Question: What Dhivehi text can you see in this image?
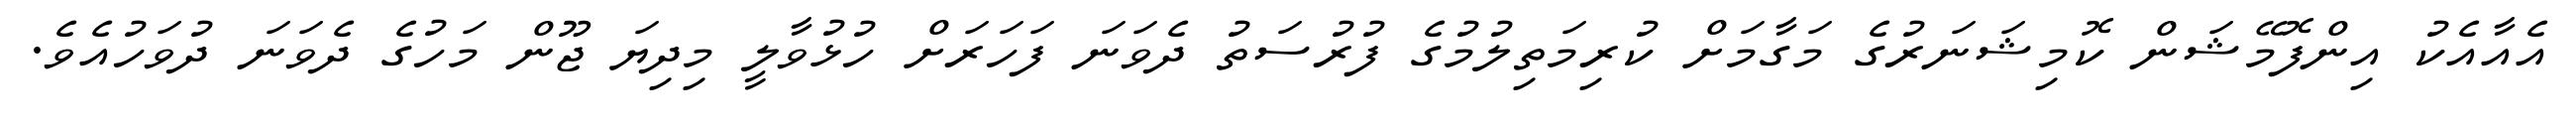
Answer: އެއާއެކު އިންފޮމޭޝަން ކޮމިޝަނަރުގެ މަގާމަށް ކުރިމަތިލުމުގެ ފުރުސަތު ދެވަނަ ފަހަރަށް ހުޅުވާލީ މިދިޔަ ޖޫން މަހުގެ ދެވަނަ ދުވަހުއެވެ.